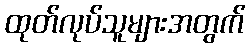
ထုတ်လုပ်သူများအတွက်